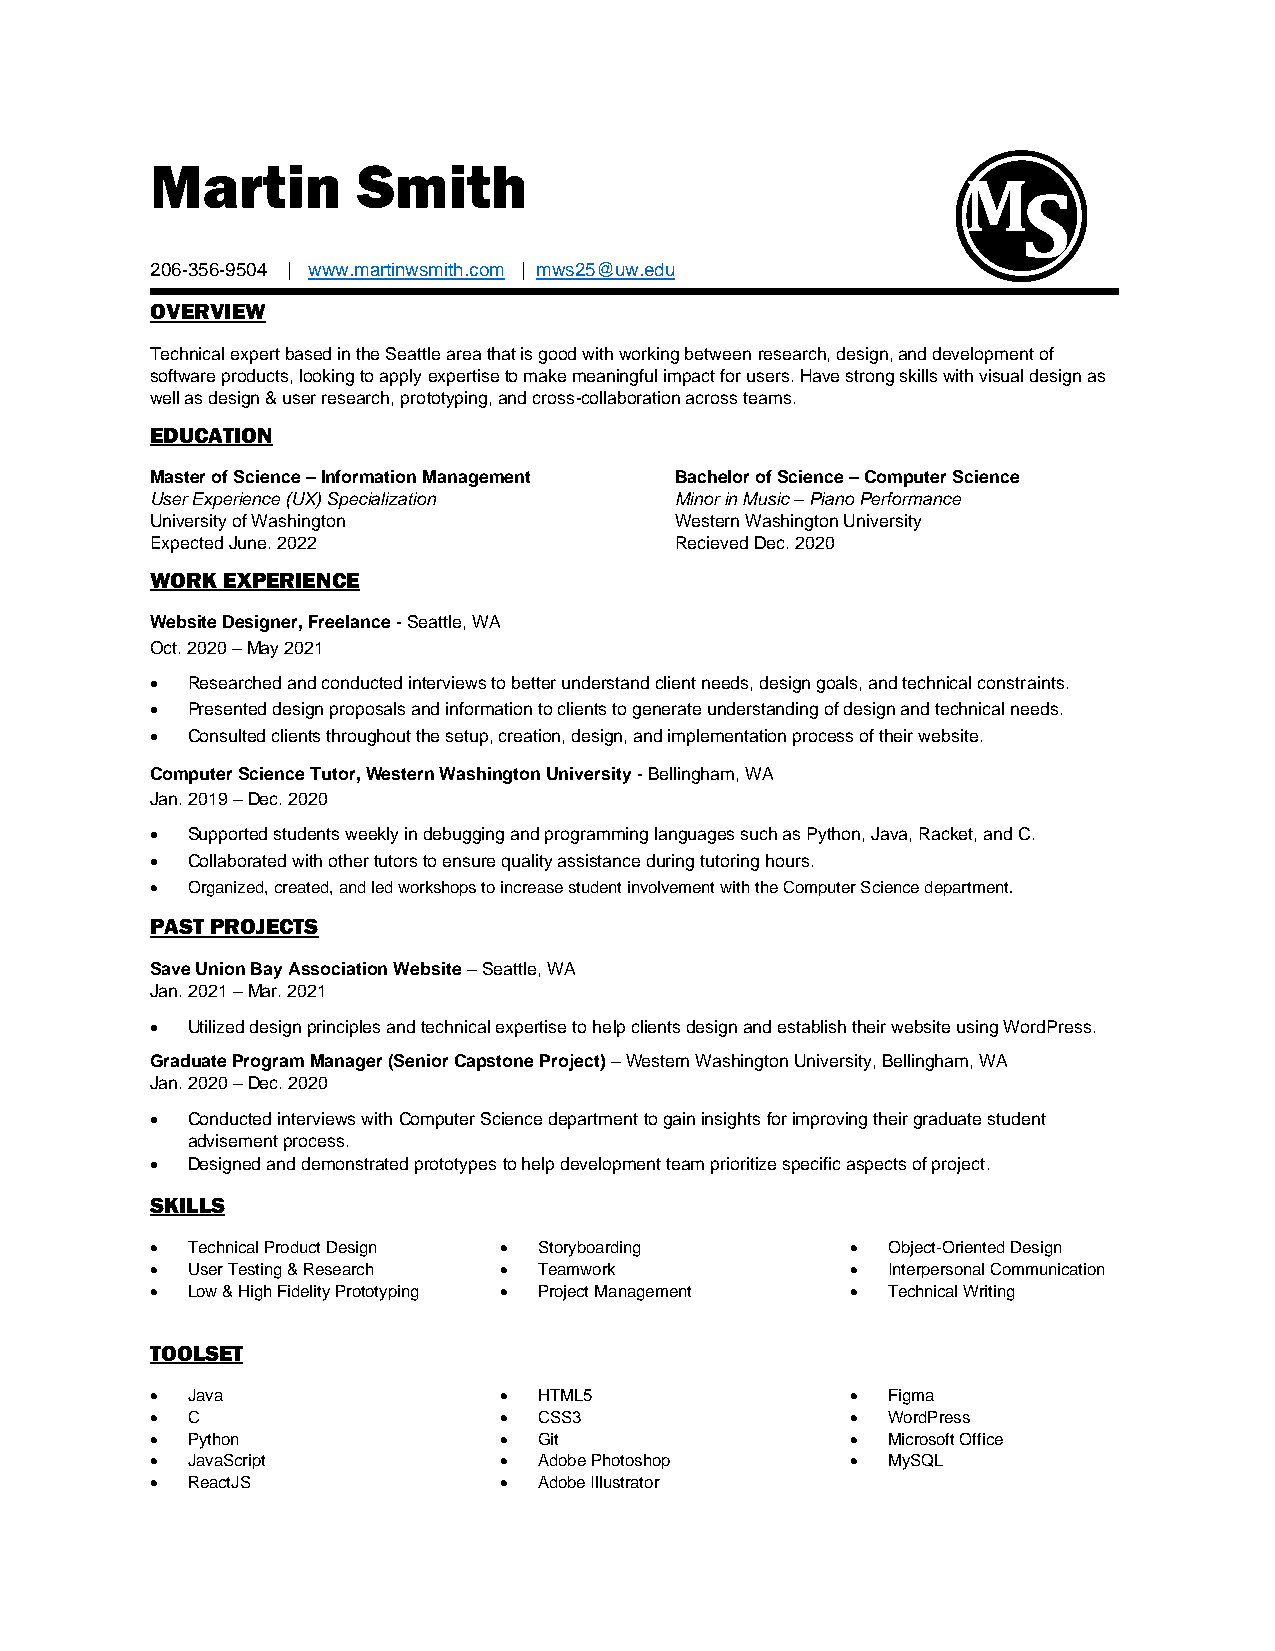
Martin        Smith
 M
 S
 206-356-9504 | www.martinwsmith.com | mws25@uw.edu
 OVERVIEW
 Technical expert based in the Seattle area that is good with working between research, design, and development of
 software products, looking to apply expertise to make meaningful impact for users. Have strong skills with visual design as
 well as design & user research, prototyping, and cross-collaboration across teams.
 EDUCATION
 Master of Science – Information Management Bachelor of Science – Computer Science
 User Experience (UX) Specialization Minor in Music – Piano Performance
 University of Washington           Western Washington University
 Expected June. 2022                Recieved Dec. 2020
 WORK EXPERIENCE
 Website Designer, Freelance - Seattle, WA
 Oct. 2020 – May 2021
 • Researched and conducted interviews to better understand client needs, design goals, and technical constraints.
 • Presented design proposals and information to clients to generate understanding of design and technical needs.
 • Consulted clients throughout the setup, creation, design, and implementation process of their website.
 Computer Science Tutor, Western Washington University - Bellingham, WA
 Jan. 2019 – Dec. 2020
 • Supported students weekly in debugging and programming languages such as Python, Java, Racket, and C.
 • Collaborated with other tutors to ensure quality assistance during tutoring hours.
 • Organized, created, and led workshops to increase student involvement with the Computer Science department.
 PAST PROJECTS
 Save Union Bay Association Website – Seattle, WA
 Jan. 2021 – Mar. 2021
 • Utilized design principles and technical expertise to help clients design and establish their website using WordPress.
 Graduate Program Manager (Senior Capstone Project) – Western Washington University, Bellingham, WA
 Jan. 2020 – Dec. 2020
 • Conducted interviews with Computer Science department to gain insights for improving their graduate student
 advisement process.
 • Designed and demonstrated prototypes to help development team prioritize specific aspects of project.
 SKILLS
 • Technical Product Design • Storyboarding    •  Object-Oriented Design
 • User Testing & Research • Teamwork          •  Interpersonal Communication
 • Low & High Fidelity Prototyping • Project Management • Technical Writing
 TOOLSET
 • Java                 •  HTML5               •  Figma
 • C                    •  CSS3                •  WordPress
 • Python               •  Git                 •  Microsoft Office
 • JavaScript           •  Adobe Photoshop     •  MySQL
 • ReactJS              •  Adobe Illustrator